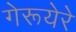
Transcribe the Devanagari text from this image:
गेरूयेरे